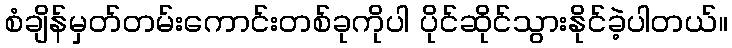
စံချိန်မှတ်တမ်းကောင်းတစ်ခုကိုပါ ပိုင်ဆိုင်သွားနိုင်ခဲ့ပါတယ်။